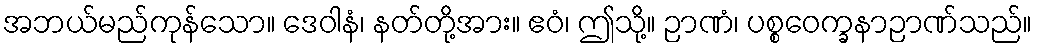
အဘယ်မည်ကုန်သော။ ဒေဝါနံ၊ နတ်တို့အား။ ဧဝံ၊ ဤသို့။ ဉာဏံ၊ ပစ္စဝေက္ခနာဉာဏ်သည်။